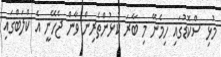
މުޅި ސްކޮޑުގައި ހިމެނޭ މި ބާރަ ކުޅުންތެރިން ވާން ޖެހޭނީ އެ ކްލަބްގައި